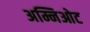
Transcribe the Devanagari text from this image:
अम्निओट